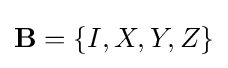
\mathbf {B} =\{I,X,Y,Z\}